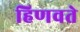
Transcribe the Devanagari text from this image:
हिणवते